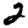
Digit: 2